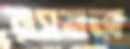
রাসযাত্রা